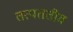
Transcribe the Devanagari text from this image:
तत्पततीव